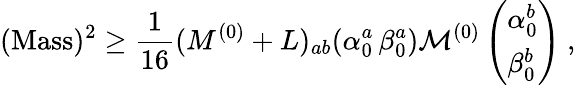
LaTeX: (\mathrm{Mass})^{2}\geq{\frac{1}{16}}(M^{(0)}+L)_{ab}(\alpha_{0}^{a}\, \beta_{0}^{a}){\cal M}^{(0)}\left(\begin{array}{l}{{\alpha_{0}^{b}}}\\ {{\beta_{0}^{b}}}\end{array}\right)~,